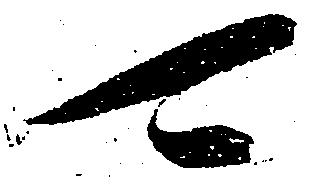
可